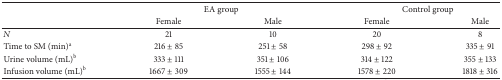
<table><thead><tr><td></td><td colspan="2"><b>EA group</b></td><td colspan="2"><b>Control group</b></td></tr><tr><td></td><td><b>Female</b></td><td><b>Male</b></td><td><b>Female</b></td><td><b>Male</b></td></tr></thead><tbody><tr><td><i>N</i></td><td>21</td><td>10</td><td>20</td><td>8</td></tr><tr><td>Time to SM (min)<sup>a</sup></td><td>216 ± 85</td><td>251 ± 58</td><td>298 ± 92</td><td>335 ± 91</td></tr><tr><td>Urine volume (mL)<sup>b</sup></td><td>333 ± 111</td><td>351 ± 106</td><td>314 ± 122</td><td>355 ± 133</td></tr><tr><td>Infusion volume (mL)<sup>b</sup></td><td>1667 ± 309</td><td>1555 ± 144</td><td>1578 ± 220</td><td>1818 ± 316</td></tr></tbody></table>